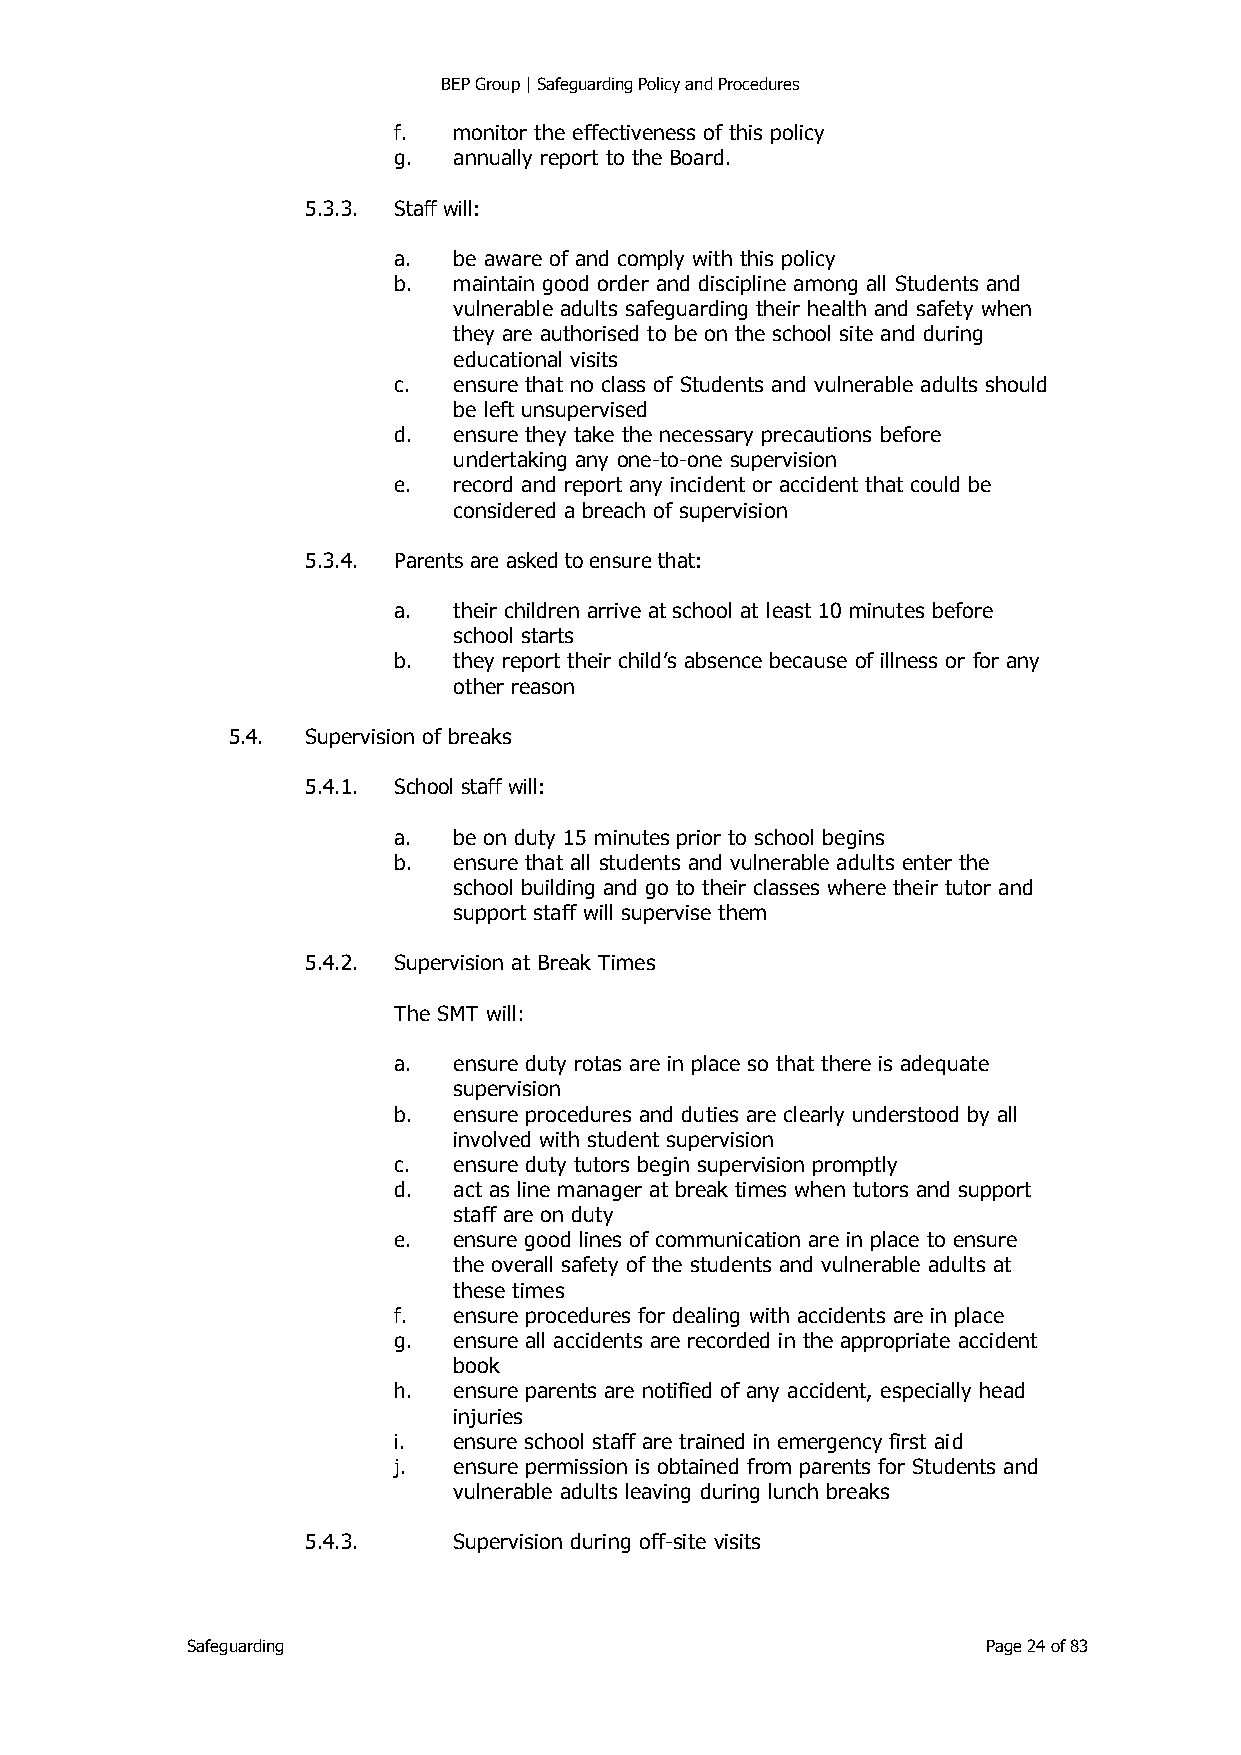
BEP Group | Safeguarding Policy and Procedures
 f.  monitor the effectiveness of this policy
 g.  annually report to the Board.
 5.3.3. Staff will:
 a.  be aware of and comply with this policy
 b.  maintain good order and discipline among all Students and
 vulnerable adults safeguarding their health and safety when
 they are authorised to be on the school site and during
 educational visits
 c.  ensure that no class of Students and vulnerable adults should
 be left unsupervised
 d.  ensure they take the necessary precautions before
 undertaking any one-to-one supervision
 e.  record and report any incident or accident that could be
 considered a breach of supervision
 5.3.4. Parents are asked to ensure that:
 a.  their children arrive at school at least 10 minutes before
 school starts
 b.  they report their child’s absence because of illness or for any
 other reason
 5.4. Supervision of breaks
 5.4.1. School staff will:
 a.  be on duty 15 minutes prior to school begins
 b.  ensure that all students and vulnerable adults enter the
 school building and go to their classes where their tutor and
 support staff will supervise them
 5.4.2. Supervision at Break Times
 The SMT will:
 a.  ensure duty rotas are in place so that there is adequate
 supervision
 b.  ensure procedures and duties are clearly understood by all
 involved with student supervision
 c.  ensure duty tutors begin supervision promptly
 d.  act as line manager at break times when tutors and support
 staff are on duty
 e.  ensure good lines of communication are in place to ensure
 the overall safety of the students and vulnerable adults at
 these times
 f.  ensure procedures for dealing with accidents are in place
 g.  ensure all accidents are recorded in the appropriate accident
 book
 h.  ensure parents are notified of any accident, especially head
 injuries
 i.  ensure school staff are trained in emergency first aid
 j.  ensure permission is obtained from parents for Students and
 vulnerable adults leaving during lunch breaks
 5.4.3.    Supervision during off-site visits
 Safeguarding                                         Page 24 of 83